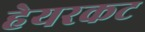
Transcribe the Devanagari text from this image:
हेयरकट